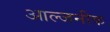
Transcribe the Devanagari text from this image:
आल्जनीक